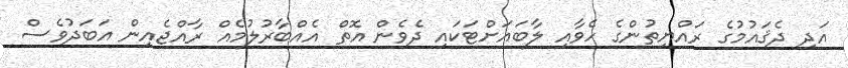
އަދި ދެޤައުމުގެ ރައްޔިތުންގެ ހެވާއި ލާބައަށްޓަކައި ދެވެން އޮތް އެއްބާރުލުމެއް ރާއްޖެއިން އަބަދުވެސް